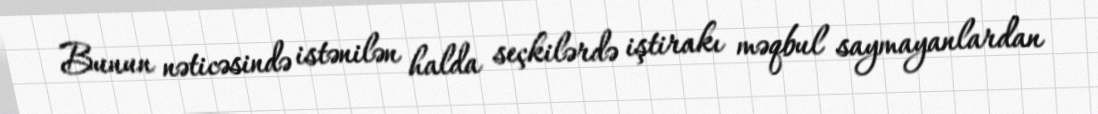
Bunun nəticəsində istənilən halda seçkilərdə iştirakı məqbul saymayanlardan